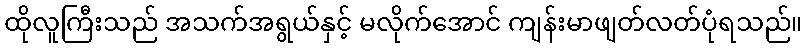
ထိုလူကြီးသည် အသက်အရွယ်နှင့် မလိုက်အောင် ကျန်းမာဖျတ်လတ်ပုံရသည်။